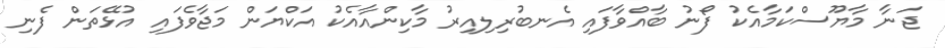
ޖަނާ މާޔޫސްކަމާއެކު ފޯނު ބާއްވާފައި އެނބުރިލިއިރު މާކިންއާއެކު އަކްޔަން މަޖާވެފައި އުޅޭތަން ފެނި